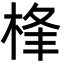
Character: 桻